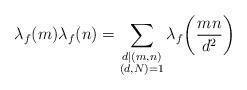
LaTeX: \begin{align*}\lambda_f(m) \lambda_f(n) = \sum_{\substack{d\mid (m, n)\\ (d, N)=1}} \lambda_f\bigg(\frac{mn}{d^2}\bigg)\end{align*}